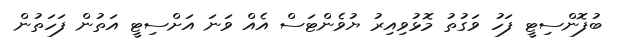
ބުފޮންސިޓީ ފަހު ވަގުތު މޮޅުވިއިރު ޔުވެންޓަސް އެއް ވަނަ އަށްސިޓީ އަތުން ފަހަތުން